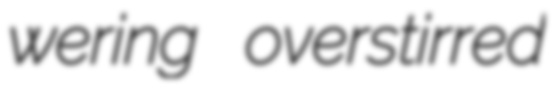
wering overstirred